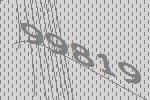
99819